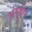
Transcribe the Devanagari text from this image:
अंबुतीर्थ